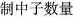
制中子数量